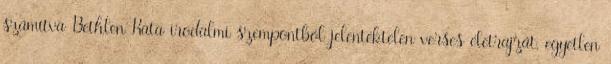
számítva Bethlen Kata irodalmi szempontból jelentéktelen verses életrajzát, egyetlen